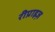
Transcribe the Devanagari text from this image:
रीप्राइज़